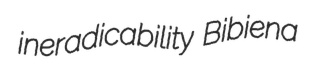
ineradicability Bibiena